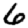
Digit: 6